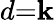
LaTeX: d{=}\mathbf{k}